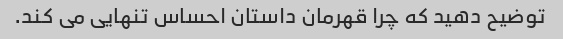
توضیح دهید که چرا قهرمان داستان احساس تنهایی می کند.